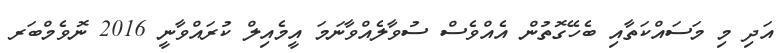
އަދި މި މަސައްކަތާއި ބެހޭގޮތުން އެއްވެސް ސުވާލެއްވާނަމަ އީމެއިލް ކުރައްވާނީ 2016 ނޮވެމްބަރ